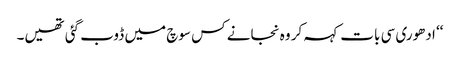
‘‘ ادھوری سی بات کہہ کر وہ نجانے کس سوچ میں ڈوب گئی تھیں۔